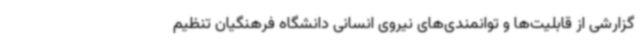
گزارشی از قابلیت‌ها و توانمندی‌های نیروی انسانی دانشگاه فرهنگیان تنظیم